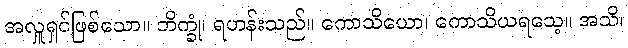
အလှူရှင်ဖြစ်သော။ ဘိက္ခုံ၊ ရဟန်းသည်။ ကောသိယော၊ ကောသိယရသေ့။ အသိ၊